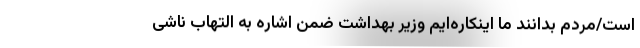
است/مردم بدانند ما اینکاره‌ایم وزیر بهداشت ضمن اشاره به التهاب ناشی